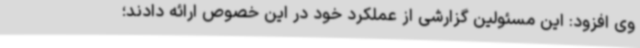
وی افزود: این مسئولین گزارشی از عملکرد خود در این خصوص ارائه دادند؛